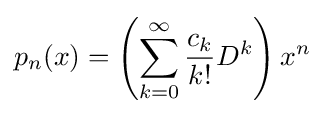
p_{n}(x)=\left(\sum _{k=0}^{\infty }{\frac {c_{k}}{k!}}D^{k}\right)x^{n}